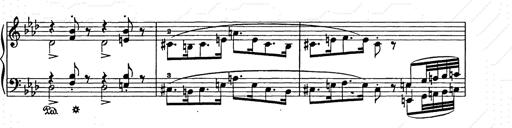
Title: Weihnachtsbaum
Composer: Franz Liszt